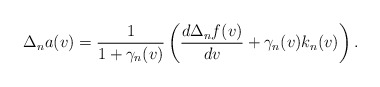
\begin{align*} \Delta_na(v)=\frac{1}{1+\gamma_n(v)}\left(\frac{d\Delta_nf(v)}{dv}+\gamma_n(v)k_n(v)\right).\end{align*}